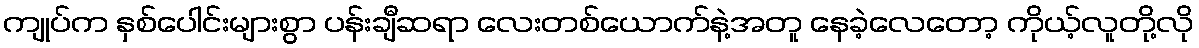
ကျုပ်က နှစ်ပေါင်းများစွာ ပန်းချီဆရာ လေးတစ်ယောက်နဲ့အတူ နေခဲ့လေတော့ ကိုယ့်လူတို့လို